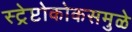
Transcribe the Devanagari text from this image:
स्ट्रेप्टोकोकसमुळे